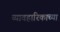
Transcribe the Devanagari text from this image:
व्यावहारिकाच्या